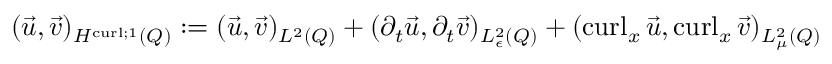
\begin{array} { r } { ( \vec { u } , \vec { v } ) _ { H ^ { \operatorname { c u r l } ; 1 } ( Q ) } : = ( \vec { u } , \vec { v } ) _ { L ^ { 2 } ( Q ) } + ( \partial _ { t } \vec { u } , \partial _ { t } \vec { v } ) _ { L _ { \epsilon } ^ { 2 } ( Q ) } + ( \operatorname { c u r l } _ { x } \vec { u } , \operatorname { c u r l } _ { x } \vec { v } ) _ { L _ { \mu } ^ { 2 } ( Q ) } } \end{array}